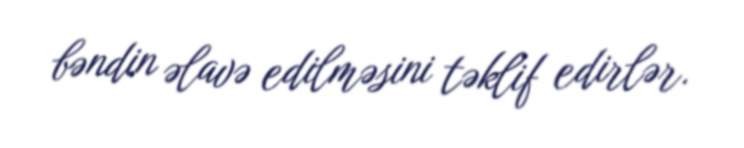
bəndin əlavə edilməsini təklif edirlər.